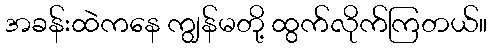
အခန်းထဲကနေ ကျွန်မတို့ ထွက်လိုက်ကြတယ်။